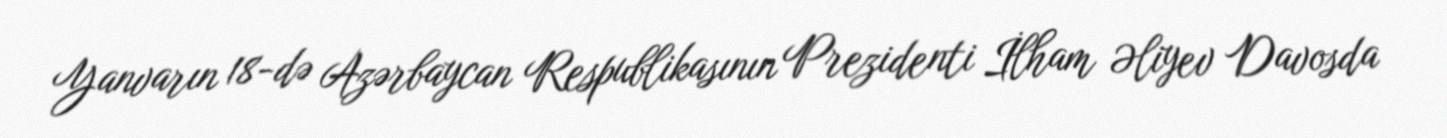
Yanvarın 18-də Azərbaycan Respublikasının Prezidenti İlham Əliyev Davosda